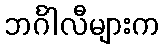
ဘင်္ဂါလီများက